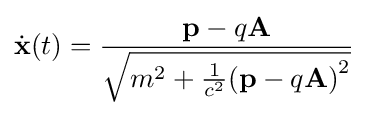
{\dot {\mathbf {x} }}(t)={\frac {\mathbf {p} -q\mathbf {A} }{\sqrt {m^{2}+{\frac {1}{c^{2}}}{\left(\mathbf {p} -q\mathbf {A} \right)}^{2}}}}